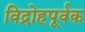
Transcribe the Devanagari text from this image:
विद्रोहपूर्वक